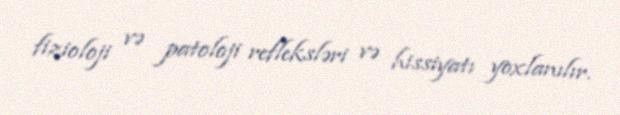
fizioloji və patoloji refleksləri və hissiyatı yoxlanılır.